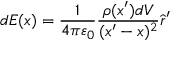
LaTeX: d { \boldsymbol { E } } ( { \boldsymbol { x } } ) = { \frac { 1 } { 4 \pi \varepsilon _ { 0 } } } { \frac { \rho ( { \boldsymbol { x } } ^ { \prime } ) d V } { ( { \boldsymbol { x } } ^ { \prime } - { \boldsymbol { x } } ) ^ { 2 } } } { \hat { \boldsymbol { r } } } ^ { \prime }